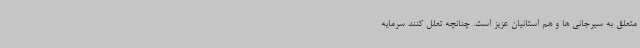
متعلق به سیرجانی ها و هم استانیان عزیز است. چنانچه تعلل کنند سرمایه